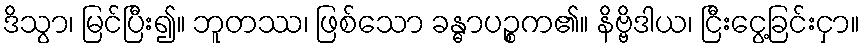
ဒိသွာ၊ မြင်ပြီး၍။ ဘူတဿ၊ ဖြစ်သော ခန္ဓာပဉ္စက၏။ နိဗ္ဗိဒါယ၊ ငြီးငွေ့ခြင်းငှာ။